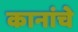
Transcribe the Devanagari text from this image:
कानांचे